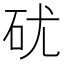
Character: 𥐶